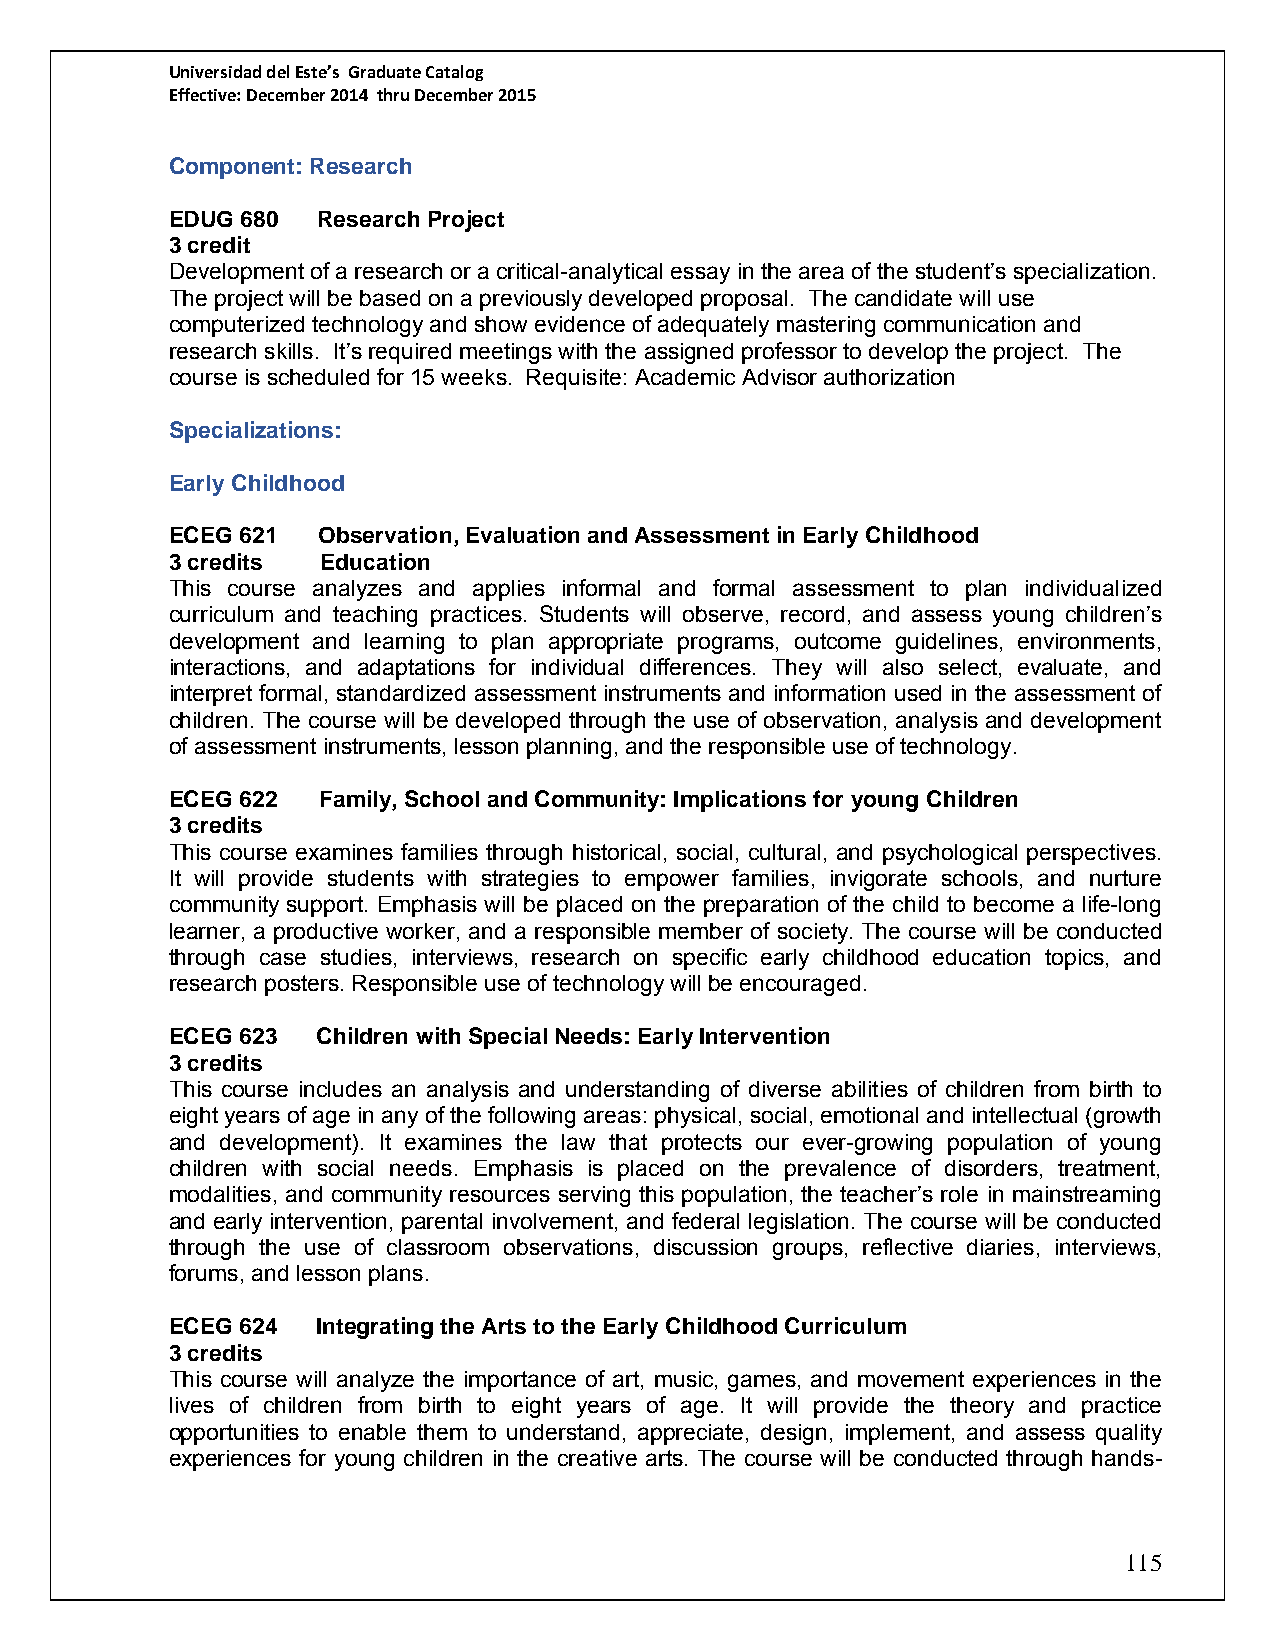
Universidad del Este’s Graduate Catalog
 Effective: December 2014 thru December 2015
 Component: Research
 EDUG 680  Research Project
 3 credit
 Development of a research or a critical-analytical essay in the area of the student’s specialization.
 The project will be based on a previously developed proposal. The candidate will use
 computerized technology and show evidence of adequately mastering communication and
 research skills. It’s required meetings with the assigned professor to develop the project. The
 course is scheduled for 15 weeks. Requisite: Academic Advisor authorization
 Specializations:
 Early Childhood
 ECEG 621  Observation, Evaluation and Assessment in Early Childhood
 3 credits Education
 This course analyzes and applies informal and formal assessment to plan individualized
 curriculum and teaching practices. Students will observe, record, and assess young children’s
 development and learning to plan appropriate programs, outcome guidelines, environments,
 interactions, and adaptations for individual differences. They will also select, evaluate, and
 interpret formal, standardized assessment instruments and information used in the assessment of
 children. The course will be developed through the use of observation, analysis and development
 of assessment instruments, lesson planning, and the responsible use of technology.
 ECEG 622  Family, School and Community: Implications for young Children
 3 credits
 This course examines families through historical, social, cultural, and psychological perspectives.
 It will provide students with strategies to empower families, invigorate schools, and nurture
 community support. Emphasis will be placed on the preparation of the child to become a life-long
 learner, a productive worker, and a responsible member of society. The course will be conducted
 through case studies, interviews, research on specific early childhood education topics, and
 research posters. Responsible use of technology will be encouraged.
 ECEG 623  Children with Special Needs: Early Intervention
 3 credits
 This course includes an analysis and understanding of diverse abilities of children from birth to
 eight years of age in any of the following areas: physical, social, emotional and intellectual (growth
 and development). It examines the law that protects our ever-growing population of young
 children with social needs. Emphasis is placed on the prevalence of disorders, treatment,
 modalities, and community resources serving this population, the teacher’s role in mainstreaming
 and early intervention, parental involvement, and federal legislation. The course will be conducted
 through the use of classroom observations, discussion groups, reflective diaries, interviews,
 forums, and lesson plans.
 ECEG 624  Integrating the Arts to the Early Childhood Curriculum
 3 credits
 This course will analyze the importance of art, music, games, and movement experiences in the
 lives of children from birth to eight years of age. It will provide the theory and practice
 opportunities to enable them to understand, appreciate, design, implement, and assess quality
 experiences for young children in the creative arts. The course will be conducted through hands-
 115